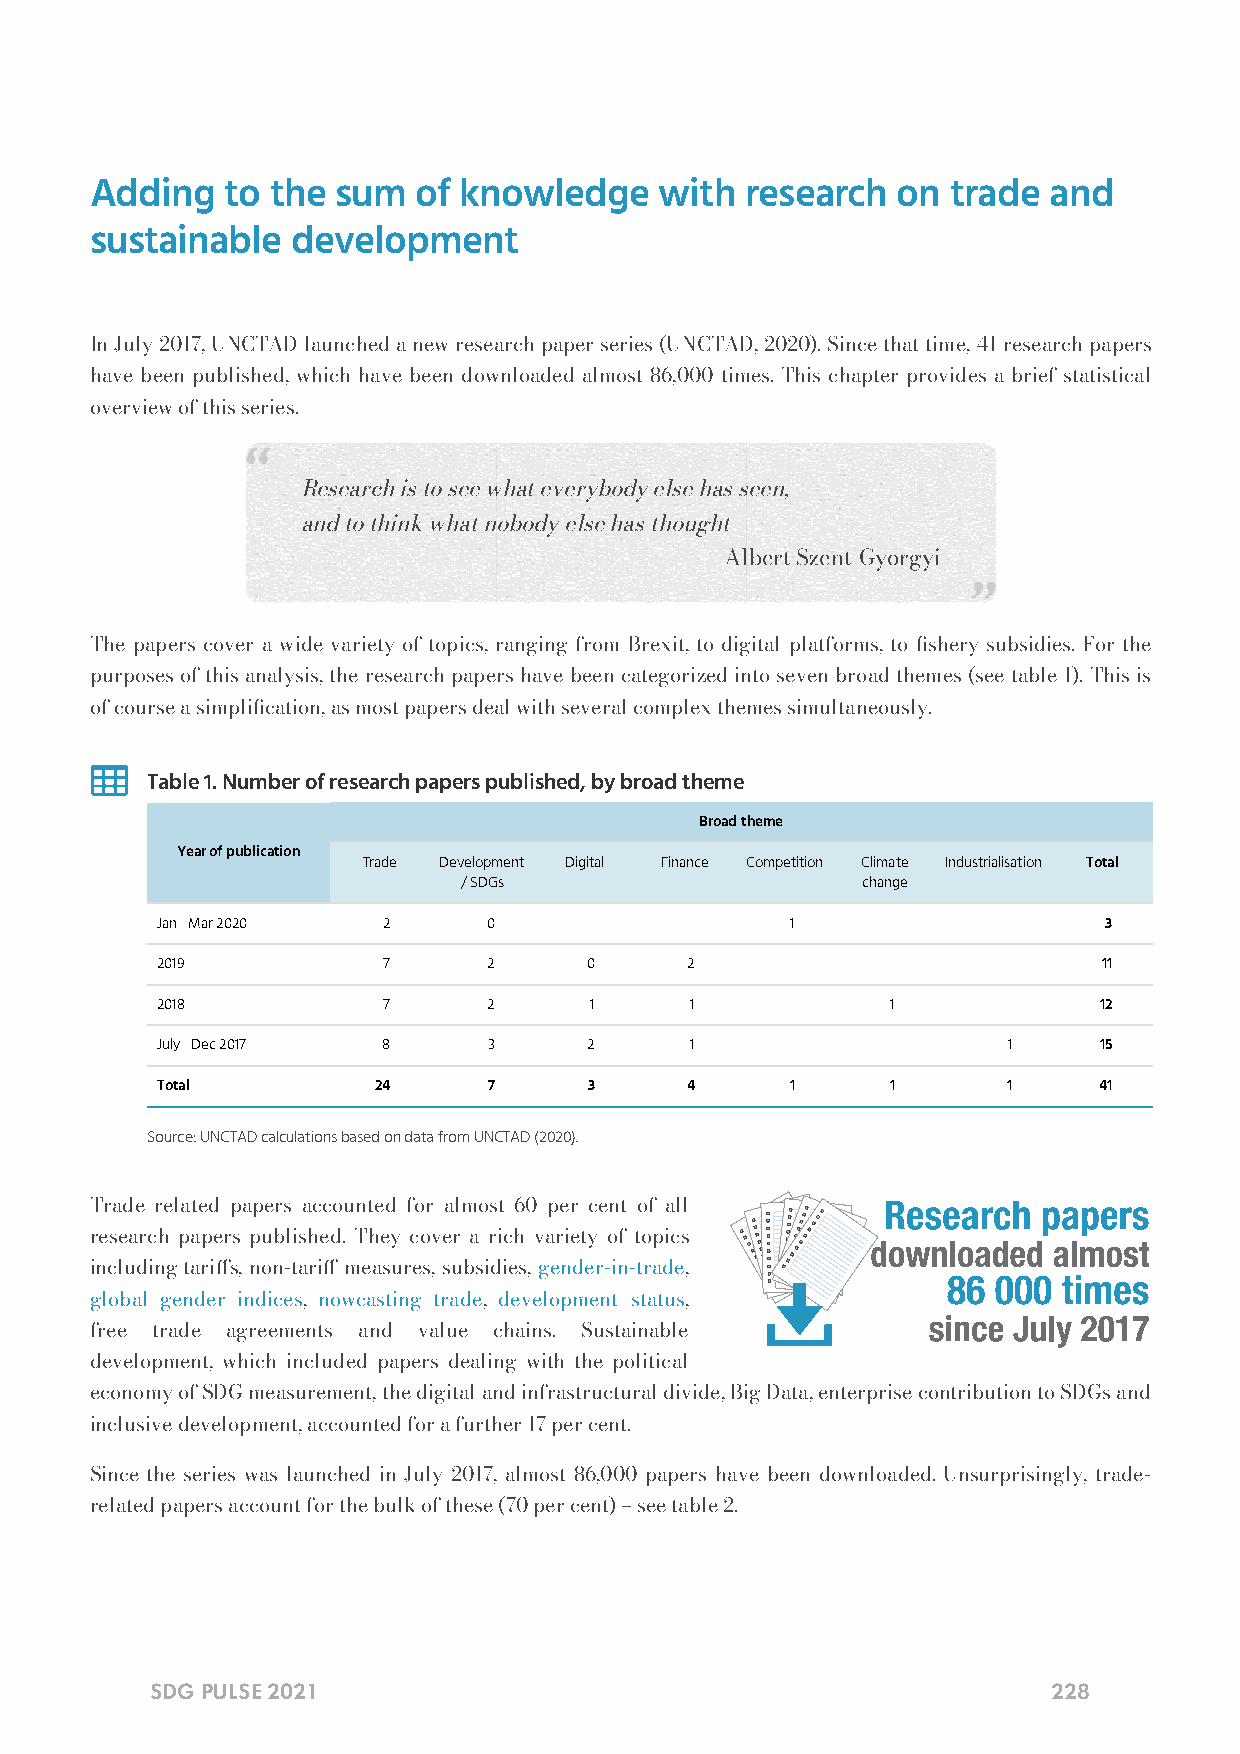
Adding   to the sum  of knowledge     with research  on  trade and
 sustainable  development
 In July 2017, UNCTAD launched a new research paper series (UNCTAD, 2020). Since that time, 41 research papers
 have been published, which have been downloaded almost 86,000 times. This chapter provides a brief statistical
 overview of this series.
 Research is to see what everybody else has seen,
 and to think what nobody else has thought
 — Albert Szent-Gyorgyi
 The papers cover a wide variety of topics, ranging from Brexit, to digital platforms, to shery subsidies. For the
 purposes of this analysis, the research papers have been categorized into seven broad themes (see table 1). This is
 of course a simplication, as most papers deal with several complex themes simultaneously.
 
 Table 1. Number of research papers published, by broad theme
 Broad theme
 Year of publication
 Trade Development Digital Finance Competition Climate Industrialisation Total
 / SDGs                    change
 Jan - Mar 2020 2      0      -      -     1      -       -     3
 2019           7      2      0     2      -      -       -     11
 2018           7      2      1      1     -      1       -     12
 July - Dec 2017 8     3      2      1     -      -       1     15
 Total          24     7      3     4      1      1       1     41
 Source: UNCTAD calculations based on data from UNCTAD (2020).
 Trade related papers accounted for almost 60 per cent of all
 research papers published. They cover a rich variety of topics
 including taris, non-tari measures, subsidies, gender-in-trade,
 global gender indices, nowcasting trade, development status,
 free trade agreements and value chains. Sustainable
 development, which included papers dealing with the political
 economy of SDG measurement, the digital and infrastructural divide, Big Data, enterprise contribution to SDGs and
 inclusive development, accounted for a further 17 per cent.
 Since the series was launched in July 2017, almost 86,000 papers have been downloaded. Unsurprisingly, trade-
 related papers account for the bulk of these (70 per cent) – see table 2.
 SDG PULSE 2021                                              228